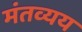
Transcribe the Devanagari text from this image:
मंतव्यय